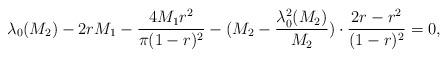
LaTeX: \begin{align*}\lambda_{0}(M_{2})-2rM_{1}-\frac{4M_{1}r^{2}}{\pi (1-r)^{2}}-(M_{2}-\frac{\lambda_{0}^{2}(M_{2})}{M_{2}})\cdot\frac{2r-r^{2}}{(1-r)^{2}}=0,\end{align*}